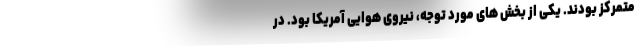
متمرکز بودند. یکی از بخش های مورد توجه، نیروی هوایی آمریکا بود. در